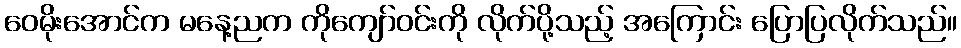
ဝေမိုးအောင်က မနေ့ညက ကိုကျော်ဝင်းကို လိုက်ပို့သည့် အကြောင်း ပြောပြလိုက်သည်။